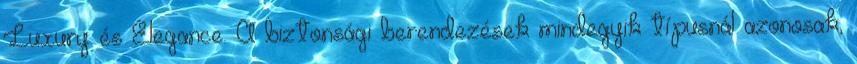
Luxury és Elegance. A biztonsági berendezések mindegyik típusnál azonosak,